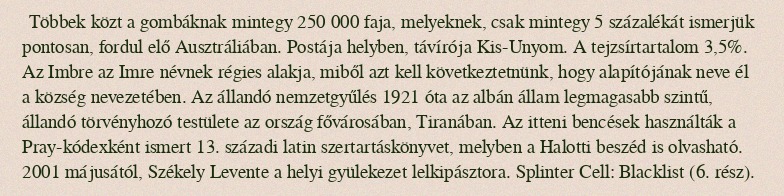
Többek közt a gombáknak mintegy 250 000 faja, melyeknek, csak mintegy 5 százalékát ismerjük pontosan, fordul elő Ausztráliában. Postája helyben, távírója Kis-Unyom. A tejzsírtartalom 3,5%. Az Imbre az Imre névnek régies alakja, miből azt kell következtetnünk, hogy alapítójának neve él a község nevezetében. Az állandó nemzetgyűlés 1921 óta az albán állam legmagasabb szintű, állandó törvényhozó testülete az ország fővárosában, Tiranában. Az itteni bencések használták a Pray-kódexként ismert 13. századi latin szertartáskönyvet, melyben a Halotti beszéd is olvasható. 2001 májusától, Székely Levente a helyi gyülekezet lelkipásztora. Splinter Cell: Blacklist (6. rész).